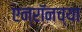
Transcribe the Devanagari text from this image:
एन्रॉनच्या